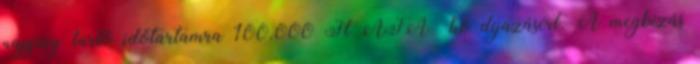
napjáig tartó időtartamra 100.000 Ft ÁFA hó díjazásért. A megbízás